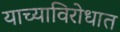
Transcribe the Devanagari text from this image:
याच्याविरोधात